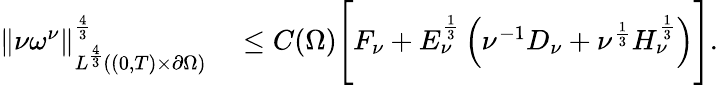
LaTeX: \begin{array}{rl}{\left\lVert\nu\omega^{\nu}\right\rVert_{L^{\frac 43}((0,T)\times\partial\Omega)}^{\frac 43}}&{{}\le C(\Omega)\Biggl[F_{\nu}+E_{\nu}^{\frac 13}\left(\nu^{-1}D_{\nu}+\nu^{\frac 13}H_{\nu}^{\frac 13}\right)\Biggr].}\end{array}